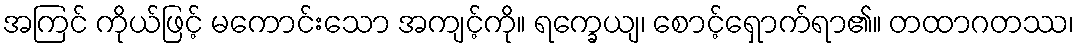
အကြင် ကိုယ်ဖြင့် မကောင်းသော အကျင့်ကို။ ရက္ခေယျ၊ စောင့်ရှောက်ရာ၏။ တထာဂတဿ၊